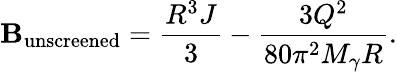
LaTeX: \mathbf{B}_{\mathrm{{unscreened}}}=\frac{{R^{3}J}}{{3}}-\frac{{3Q^{2}}}{{80\pi^{2}M_{\gamma}R}}.